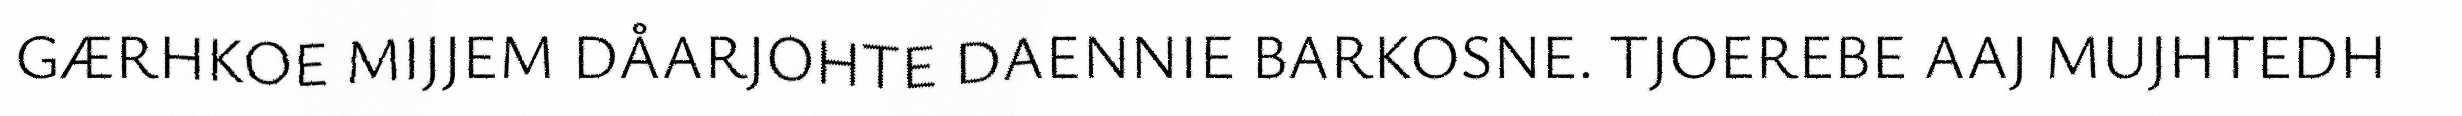
GÆRHKOE MIJJEM DÅARJOHTE DAENNIE BARKOSNE. TJOEREBE AAJ MUJHTEDH